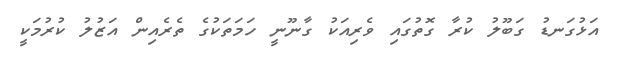
އަޅުގަނޑު ގަބޫލު ކުރާ ގޮތުގައި ވެރިއަކު ގާނޫނީ ހަމަތަކުގެ ތެރެއިން އަޒުލު ކުރުމަކީ